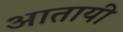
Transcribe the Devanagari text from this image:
आतायी